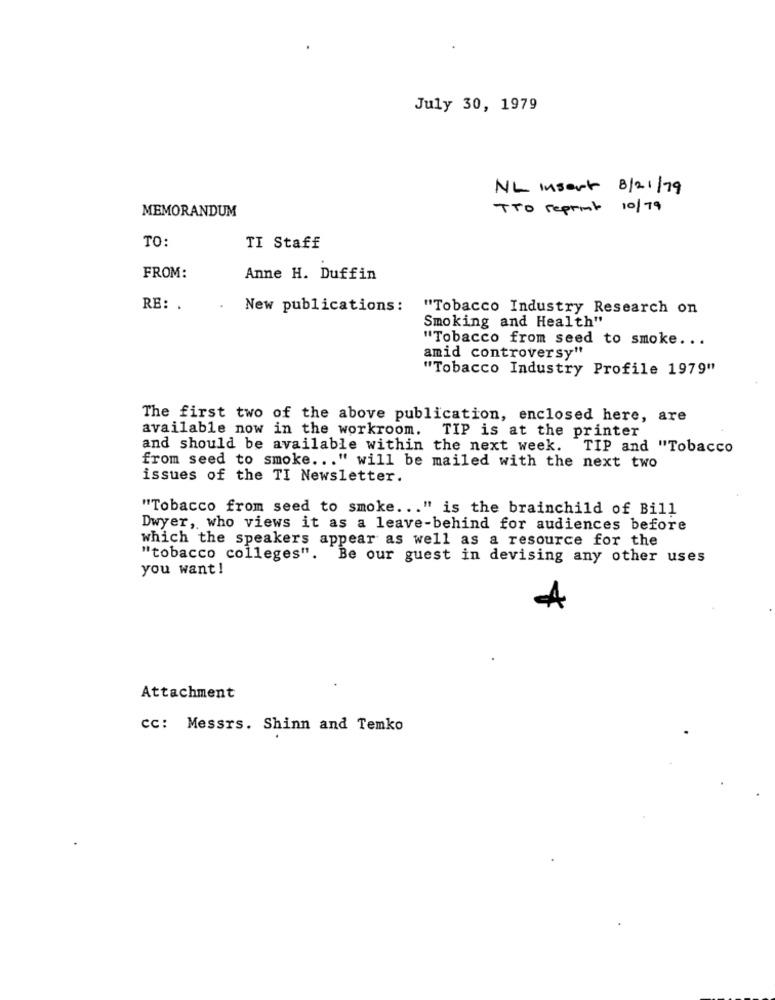
July 30, 1979
NL Insert 8/21/79
MEMORANDUM
TTO reprint 10/ 79
TO:
TI Staff
FROM:
Anne H. Duffin
RE: .
.
New publications:
"Tobacco Industry Research on
Smoking and Health"
"Tobacco from seed to smoke ...
amid controversy"
"Tobacco Industry Profile 1979"
The first two of the above publication, enclosed here, are
available now in the workroom. TIP is at the printer
and should be available within the next week. TIP and "Tobacco
from seed to smoke ... " will be mailed with the next two
issues of the TI Newsletter.
"Tobacco from seed to smoke ... " is the brainchild of Bill
Dwyer, who views it as a leave-behind for audiences before
which the speakers appear as well as a resource for the
"tobacco colleges".
Be our guest in devising any other uses
you want !
Attachment
cc: Messrs. Shinn and Temko